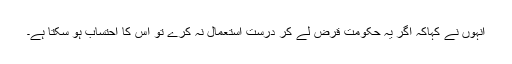
انہوں نے کہاکہ اگر یہ حکومت قرض لے کر درست استعمال نہ کرے تو اس کا احتساب ہو سکتا ہے۔